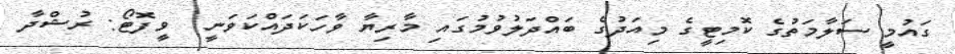
ގައުމީ ސަލާމަތުގެ ކޮމިޓީގެ މިއަދުގެ ބައްދަލުވުމުގައި މާރިޔާ ވާހަކަދައްކަވަނީ  ވީފޮޓޯ: ރުޝްދާ